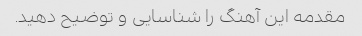
مقدمه این آهنگ را شناسایی و توضیح دهید.